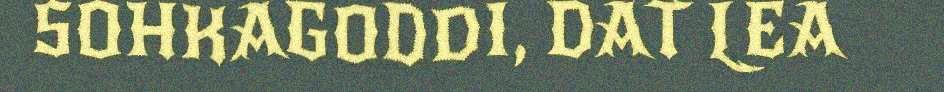
SOHKAGODDI, DAT LEA